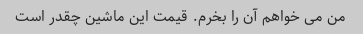
من می خواهم آن را بخرم. قیمت این ماشین چقدر است